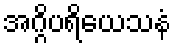
အဂ္ဂိပရိယေသနံ